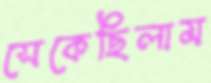
সেকেছিলাম